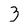
Character: 3